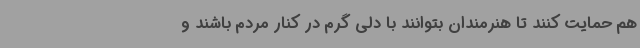
هم حمایت کنند تا هنرمندان بتوانند با دلی گرم در کنار مردم باشند و